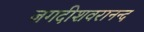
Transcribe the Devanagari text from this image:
जगदीशवरानन्द